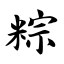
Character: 粽